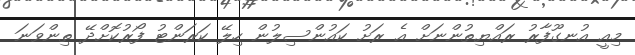
މިއީ އުނގޫފާރު ރައްޔިތުންނަށް އެ ރަށު ކައުންސިލުން ހިލޭ ކަރަންޓު ފޯރުކޮށްދޭ ތިންވަނަ